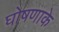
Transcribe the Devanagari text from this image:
घोषणाके